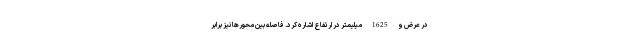
در عرض و 1625 میلیمتر در ارتفاع اشاره کرد. فاصله بین محورها نیز برابر